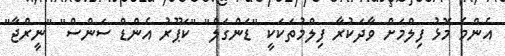
އެންމެ މޮޅު ފިލްމަށް ވާދަކުރާ ފިލްމުތަކަކީ "ޑަންގަލް" "ކަޕޫރު އެންޑް ސަންސް" "ނީރްޖާ"